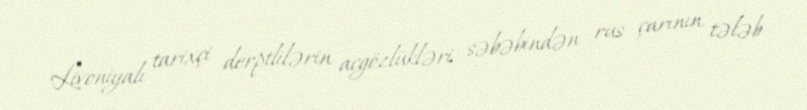
Livoniyalı tarixçi derptlilərin acgözlükləri səbəbindən rus çarının tələb